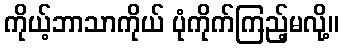
ကိုယ့်ဘာသာကိုယ် ပုံကိုက်ကြည့်မလို့။